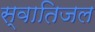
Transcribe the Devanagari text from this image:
स्वातिजल